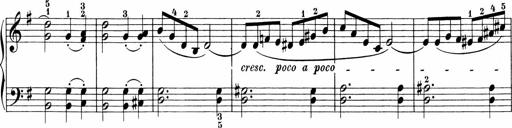
Title: Sonatinen Op.47, 98 und 136, nebst 6 Liedersonatinen
Composer: Carl Reinecke